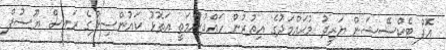
އޮފް ޓެކްސޭޝަން ޔަޒީދު މުޙައްމަދުގެ އިތުރުން ހައްދުންމަތީ އަތޮޅު ކައުންސިލްގެ ރައީސް ޔޫސުފް